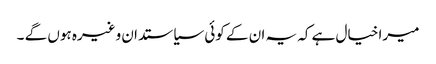
میرا خیال ہے کہ یہ ان کے کوئی سیاستدان وغیرہ ہوں گے ۔